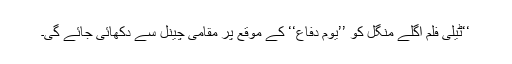
‘‘ٹیلی فلم اگلے منگل کو ’’یوم دفاع‘‘ کے موقع پر مقامی چینل سے دکھائی جائے گی۔